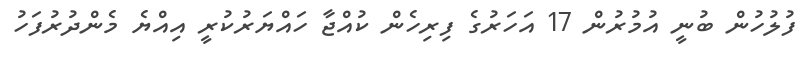
ފުލުހުން ބުނީ އުމުރުން 17 އަހަރުގެ ފިރިހެން ކުއްޖާ ހައްޔަރުކުރީ އިއްޔެ މެންދުރުފަހު